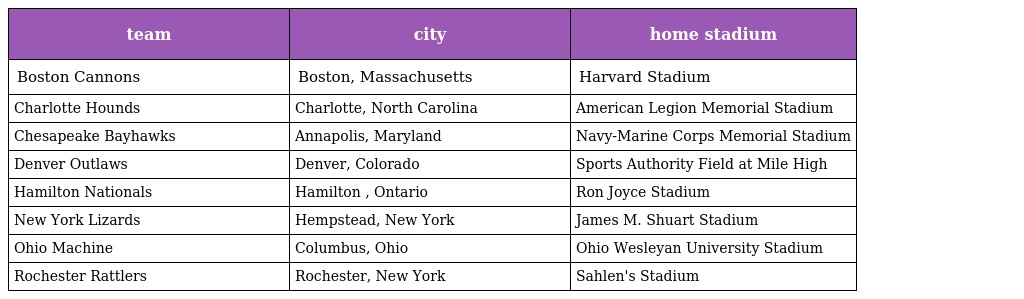
| team | city | home stadium |
 | --- | --- | --- |
 | Boston Cannons | Boston, Massachusetts | Harvard Stadium |
 | Charlotte Hounds | Charlotte, North Carolina | American Legion Memorial Stadium |
 | Chesapeake Bayhawks | Annapolis, Maryland | Navy-Marine Corps Memorial Stadium |
 | Denver Outlaws | Denver, Colorado | Sports Authority Field at Mile High |
 | Hamilton Nationals | Hamilton , Ontario | Ron Joyce Stadium |
 | New York Lizards | Hempstead, New York | James M. Shuart Stadium |
 | Ohio Machine | Columbus, Ohio | Ohio Wesleyan University Stadium |
 | Rochester Rattlers | Rochester, New York | Sahlen's Stadium |